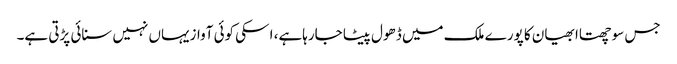
جس سوچھتاا بھیان کا پورے ملک میں ڈھول پیٹا جارہاہے، ا سکی کوئی آوازیہاں نہیں سنائی پڑتی ہے۔